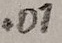
Text: .01